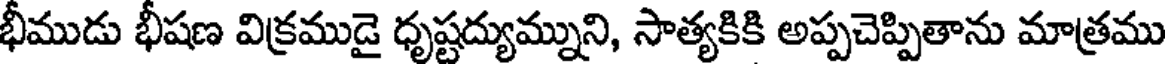
భీముడు భీషణ విక్రముడై ధృష్టద్యుమ్నుని, సాత్యకికి అప్పచెప్పితాను మాత్రము